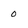
Character: 0